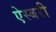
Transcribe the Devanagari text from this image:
ऐस्बरी